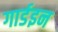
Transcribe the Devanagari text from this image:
गार्डइन